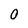
Character: 0